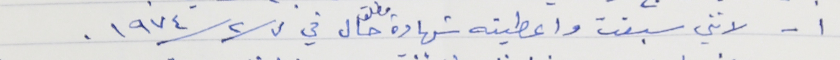
١ - لانني سبقت واعطيته شهادة مطلق حال في ١٩٧٤/٢/٧.